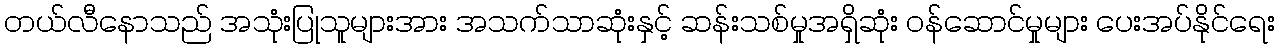
တယ်လီနောသည် အသုံးပြုသူများအား အသက်သာဆုံးနှင့် ဆန်းသစ်မှုအရှိဆုံး ဝန်ဆောင်မှုများ ပေးအပ်နိုင်ရေး